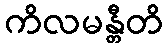
ကိလမန္တီတိ